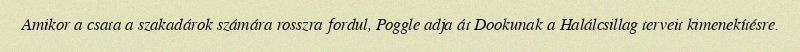
Amikor a csata a szakadárok számára rosszra fordul, Poggle adja át Dookunak a Halálcsillag terveit kimenekítésre.